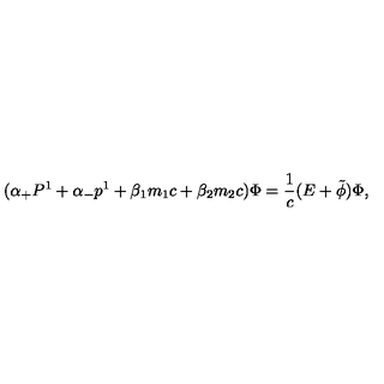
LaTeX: ( { \alpha } _ { + } P ^ { 1 } + { \alpha } _ { - } p ^ { 1 } + { \beta } _ { 1 } m _ { 1 } c + { \beta } _ { 2 } m _ { 2 } c ) { \Phi } = \frac { 1 } { c } ( E + \tilde { \phi } ) { \Phi } ,